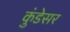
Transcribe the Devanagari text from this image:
कुंडेसर